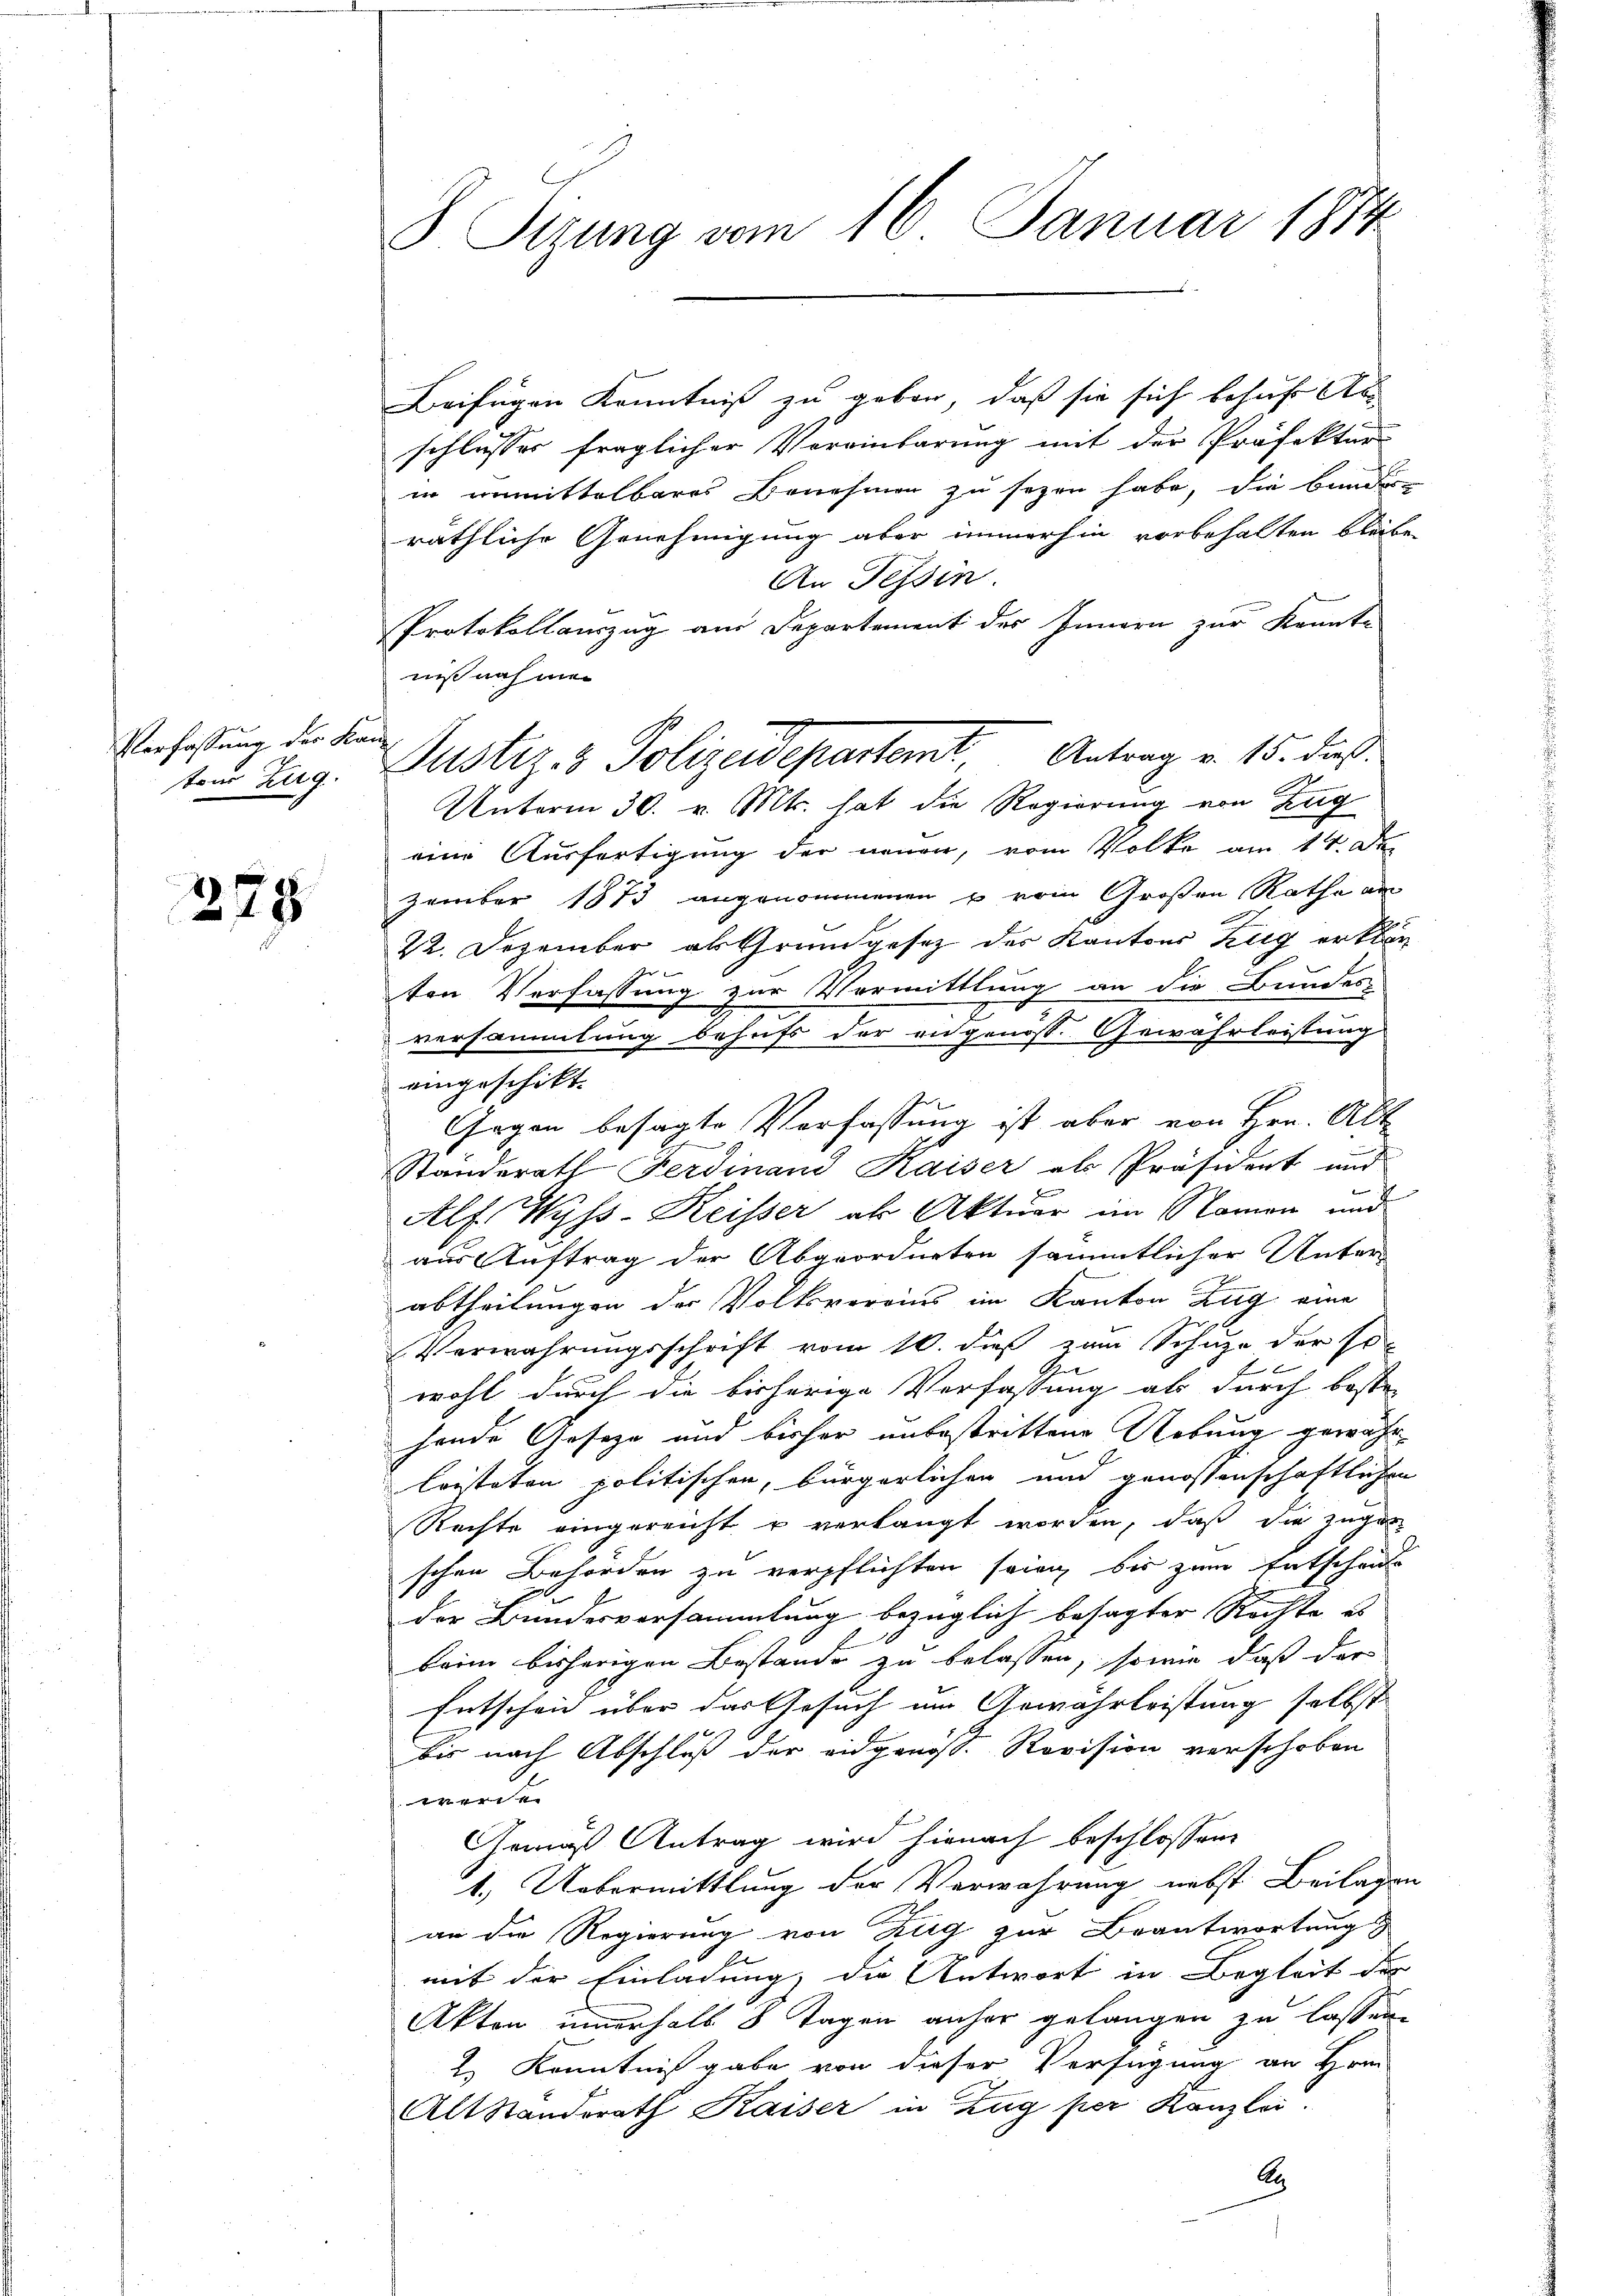
Verfassung der Kantons Zug.

278

8 Tizung vom 16. Januar 1874

Beifügen Kenntniß zu geben, daß sie sich behufs Ab
schlusses fraglicher Vereinbarung mit der Präfektur
in unmittelbares Benehmen zu sezen habe, die bunder
räthliche Genehmigung aber immerhin vorbehalten bleibe
An Tessin
Protokollauszug am Departement des Innern zur Kennte
nis nach mei
Unterm 30. v. Mts. hat die Regierung von Zug
eine Ausfertigung der neuen, vom Volke am 14. Der
zember 1873 angenommenen u vom Großen Rathe an
22. Dezember als Grundgesetz des Kantons Zug erklär
ten Verfassung zur Vermittlung an die Bundes
versammlung behufs der engenoss. Gewährleistung
eingeschikt.
Gegen besagte Verfassung ist aber von Hrn. Akt
Standerath Ferdinand Kaiser als Präsident und
Herren
Alf. Wyss-Reisser als Aktuar im Namen und
aus Auftrag der Abgeordneten sämmtlicher Unter-
abtheilungen der Volksvereins im Kanton Zug eine
Verwahrungsschrift vom 10. dieß zum Schuze der so-
wohl durch die bisherige Verfassung als durch beste
hende Geseze und bisher unbestrittene Uebung gewahr
Cristeten politischen, bürgerlichen und genossenschaftlichen
Rechte eingereicht u verlangt worden, daß die Zuger
schen Behörden zu verpflichten sowie bis zum Entscheits
der Bundesversammlung bezüglich besagter Rechte es
beim bisherigen Bestände zu belassen, sowie daß der
Entschein über das Gesuch um Gewährleistung selbst
6
bis nach Abschluß der eidgenos. Revision verschoben
e
Gemäß Antrag wird hienach beschlossene
1.) Uebermittlung der Verwahrung nebst Beilagen
an die Regierung von Zug zur Beantwortungs
mit der Einladung, die Antwort in Begleit der
Akten innerhalb 8 Tagen anher gelangen zu lassen.
2.) Kenntniß gabe von dieser Verfügung an Hrn.
Alt Standsrath Kaiser in Zug per Kanzlei.
An

Justiz- & Polizeidepartamt Antrag v. 15. dies